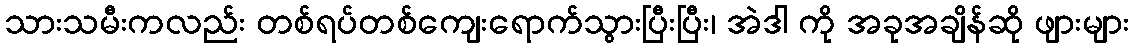
သားသမီးကလည်း တစ်ရပ်တစ်ကျေးရောက်သွားပြီးပြီး၊ အဲဒါ ကို အခုအချိန်ဆို ဖျားများ